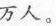
万人。